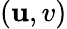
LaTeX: (\mathbf{u},v)